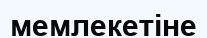
мемлекетіне